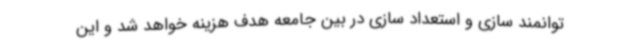
توانمند سازی و استعداد سازی در بین جامعه هدف هزینه خواهد شد و این